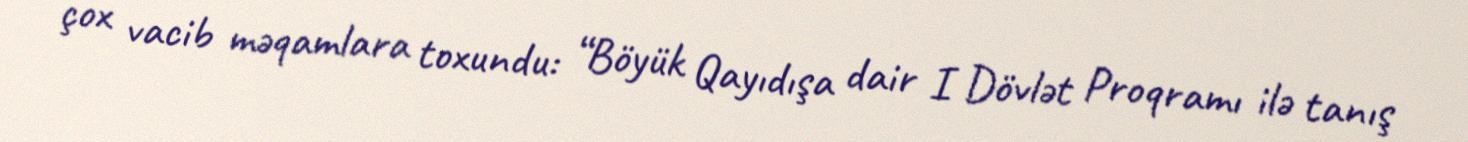
çox vacib məqamlara toxundu: “Böyük Qayıdışa dair I Dövlət Proqramı ilə tanış